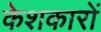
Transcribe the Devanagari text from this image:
केशकारों